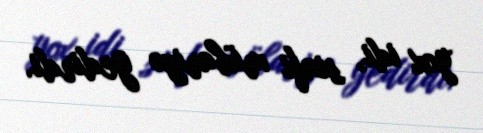
yox idi, sinfi mübarizə gedirdi.